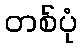
တစ်ပုံ